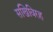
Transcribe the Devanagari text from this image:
सखिविरह